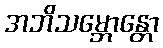
အဘိသမ္ဘောန္တော